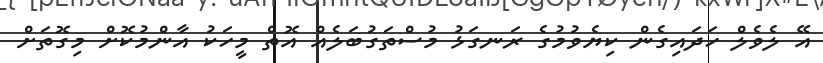
އޭ ލެވެލް ހަދައިގެން ކިޔެވުމުގެ ރަނގަޅު މުސްތަގުބަލެއް އޮތް މީހަކު އާންމުކޮށް މިގޮތަށް